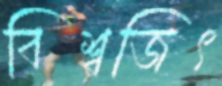
বিশ্বজিৎ